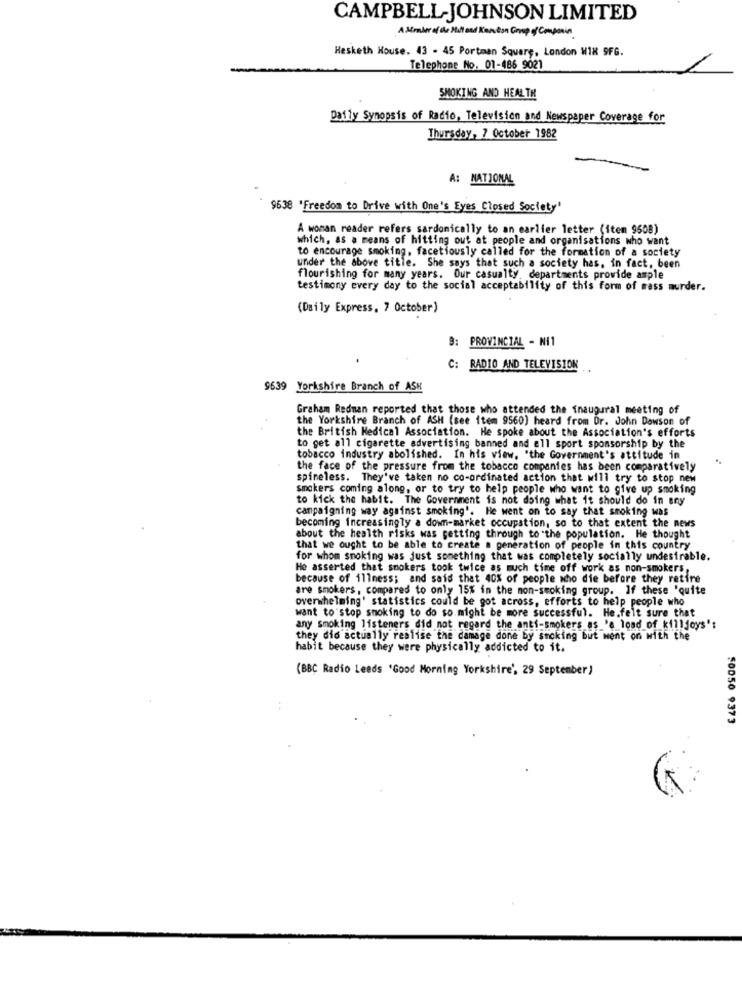
CAMPBELL-JOHNSON LIMITED
A Miraber of the Hill and Kingston Group of Companies
Hesketh House. 43 - 45 Portman Square, London WIR 9FG.
Telephone No. 01-486 9021
SMOKING AND HEALTH
Daffy Synopsis of Radio, Television and Newspaper Coverage for
Thursday, 7 October 1982
A: NATIONAL
9638 'Freedom to Drive with One's Eyes Closed Society'
A woman reader refers sardonically to an earlier letter (iten 9508)
which, as a means of hitting out at people and organisations who want
to encourage smoking, facetiously called for the formation of a society
under the above title. She says that such a society has, in fact, been
flourishing for many years. Our casualty, departments provide ample
testimony every day to the social acceptability of this form of mass murder.
(Daily Express, 7 October)
B: PROVINCIAL - N11
C: RADIO AND TELEVISION
9639 Yorkshire Branch of ASH
Graham Redman reported that those who attended the inaugural meeting of
the Yorkshire Branch of ASH (see item 9560) heard from Dr. John Dawson of
the British Medical Association. He spoke about the Association's efforts
to get all cigarette advertising banned and all sport sponsorship by the
tobacco industry abolished. In his view, "the Government's attitude in
the face of the pressure from the tobacco companies has been comparatively
spineless. They've taken no co-ordinated action that will try to stop new
smokers coming along, or to try to help people who want to give up smoking
to kick the habit. The Government is not doing what it should do in any
campaigning way against smoking'. He went on to say that smoking was
becoming increasingly a down-market occupation, so to that extent the news
about the health risks was getting through to the population. He thought
that we ought to be able to create a generation of people in this country
for whom smoking was just something that was completely socially undesirable.
He asserted that smokers took twice as much time off work as non-smokers,
because of illness; and said that 40% of people who die before they retire
are smokers, compared to only 15% in the non-smoking group. If these 'quite
overwhelming' statistics could be got across, efforts to help people who
want to stop smoking to do so might be more successful. He.felt sure that
any smoking listeners did not regard the anti-smokers as_'a lond_of_killjoys's
they did actually realise the damage done by smoking but went on with the
habit because they were physically addicted to it.
(BBC Radio Leeds 'Good Morning Yorkshire', 29 September)
50050 9373